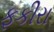
ફકીરા